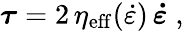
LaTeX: \boldsymbol{\tau}=2\, \eta_{\mathrm{eff}}(\dot{\varepsilon})\, \boldsymbol{\dot{\varepsilon}}\; ,